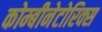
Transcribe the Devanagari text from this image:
कोम्बीनेटोरिक्स